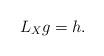
LaTeX: \begin{align*}L_X g =h. \end{align*}